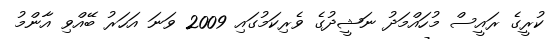
ކުރީގެ ރައީސް މުހައްމަދު ނަޝީދުގެ ވެރިކަމުގައި 2009 ވަނަ އަހަރު ބޭއްވި އާންމު